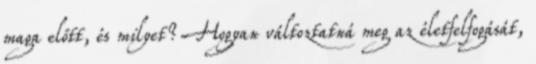
maga előtt, és milyet? Hogyan változtatná meg az életfelfogását,